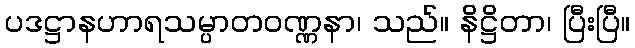
ပဒဋ္ဌာနဟာရသမ္ပာတဝဏ္ဏနာ၊ သည်။ နိဋ္ဌိတာ၊ ပြီးပြီ။